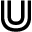
\Cup